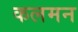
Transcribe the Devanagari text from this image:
कलमन